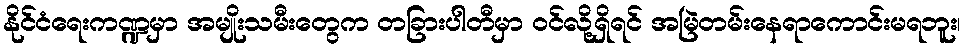
နိုင်ငံရေးကဏ္ဍမှာ အမျိုးသမီးတွေက တခြားပါတီမှာ ဝင်လို့ရှိရင် အမြဲတမ်းနေရာကောင်းမရဘူး၊